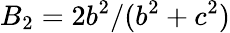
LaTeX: B_{2}={2b^{2}}/(b^{2}+c^{2})